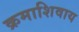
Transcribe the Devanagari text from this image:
क्रमाशिवाय